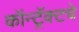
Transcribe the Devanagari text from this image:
कॉन्ट्रॅक्‍टचे